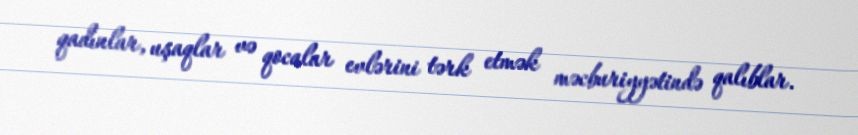
qadınlar, uşaqlar və qocalar evlərini tərk etmək məcburiyyətində qalıblar.